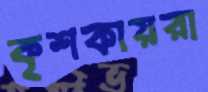
কৃশকায়রা